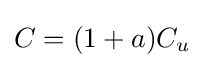
C=(1+a)C_{u}